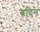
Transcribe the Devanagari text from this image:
बदिन